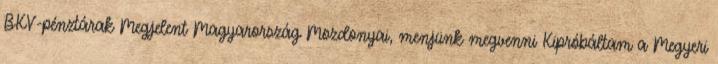
BKV-pénztárak Megjelent Magyarország Mozdonyai, menjünk megvenni Kipróbáltam a Megyeri